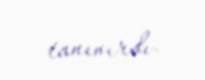
tanınırdı.